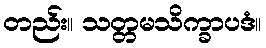
တည်း။ သတ္တမသိက္ခာပဒံ။